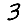
Digit: 3